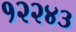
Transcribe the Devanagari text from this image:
१२२४३